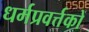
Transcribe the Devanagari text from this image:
धर्मप्रवर्त्तकों